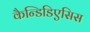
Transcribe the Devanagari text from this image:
कैन्डिडिएसिस